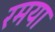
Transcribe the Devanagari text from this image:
रमया